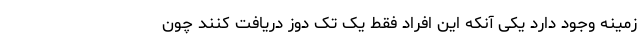
زمینه وجود دارد یکی آنکه این افراد فقط یک تک دوز دریافت کنند چون